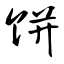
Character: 饼